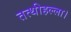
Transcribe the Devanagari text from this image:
तत्थीहल्ला।